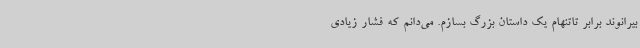
بیرانوند برابر تاتنهام یک داستان بزرگ بسازم. می‌دانم که فشار زیادی